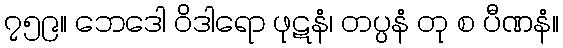
၇၅၉။ ဘေဒေါ ဝိဒါရော ဖုဋနံ၊ တပ္ပနံ တု စ ပီဏနံ။